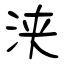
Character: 浃